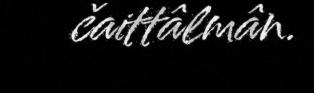
čaittâlmân.